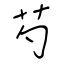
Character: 芍